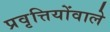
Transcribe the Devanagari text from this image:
प्रवृत्तियोंवाले